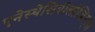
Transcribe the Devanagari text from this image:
एनेस्थेसियोलोजिस्ट्स